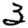
Digit: 3